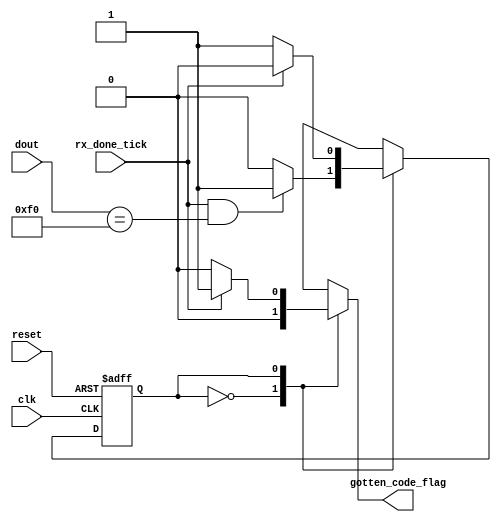
`timescale 1ns / 1ps
//////////////////////////////////////////////////////////////////////////////////
// Company: 
// 
// Design Name: 
// Module Name:    identificador_teclas 
// Project Name: 
// Target Devices: 
// Tool versions: 
// Description: FSM que evala la deteccin el "break code" F0, y extraer codigo de la tecla correspondiente (cdigo siguiente)
//
// Dependencies: 
//
// Revision: 
// Revision 0.01 - File Created
// Additional Comments: 
//
//////////////////////////////////////////////////////////////////////////////////
module identificador_teclas
(
input wire clk, reset,
input wire rx_done_tick,
input wire [7:0] dout,//Utilizar solo los bits que realmente contienen el cdigo de la tecla
output reg gotten_code_flag //Bandera para actualizar el FIFO
);

//Declaracin de constantes
localparam break_code = 8'hF0;

//Declaracin simblica de estados
localparam wait_break_code = 1'b0;
localparam get_code = 1'b1;

//Declaracin de seales
reg state_next, state_reg;

//=================================================
// FSM
//=================================================

// Estado FSM y registros de datos

always @(posedge clk, posedge reset)
	if (reset)
		state_reg <= wait_break_code;
	else
		state_reg <= state_next;
		
// Lgica de siguiente estado siguiente de la FSM
always @*
begin
	gotten_code_flag = 1'b0;
	state_next = state_reg;
	case (state_reg)
		wait_break_code:  // Espera "break code"
			if (rx_done_tick == 1'b1 && dout == break_code)
				state_next = get_code;
		get_code:  // Obtener el prximo cdigo
			if (rx_done_tick)
				begin
					gotten_code_flag =1'b1;
					state_next = wait_break_code;
				end
	endcase
end
		
endmodule